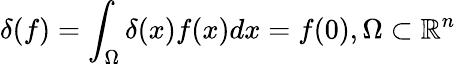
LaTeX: \delta(f)=\int_{\Omega}\delta(x)f(x)dx=f(0),\Omega\subset\mathbb{R}^{n}